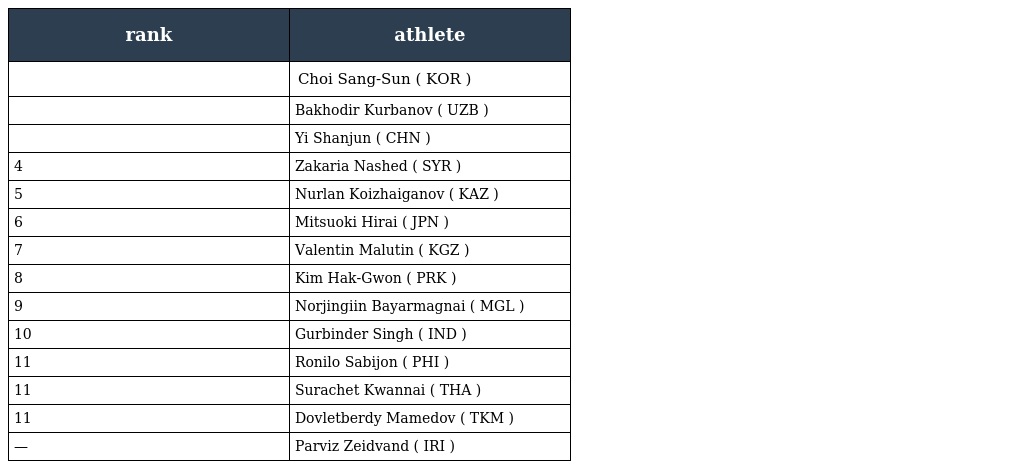
| rank | athlete |
 | --- | --- |
 |  | Choi Sang-Sun ( KOR ) |
 |  | Bakhodir Kurbanov ( UZB ) |
 |  | Yi Shanjun ( CHN ) |
 | 4 | Zakaria Nashed ( SYR ) |
 | 5 | Nurlan Koizhaiganov ( KAZ ) |
 | 6 | Mitsuoki Hirai ( JPN ) |
 | 7 | Valentin Malutin ( KGZ ) |
 | 8 | Kim Hak-Gwon ( PRK ) |
 | 9 | Norjingiin Bayarmagnai ( MGL ) |
 | 10 | Gurbinder Singh ( IND ) |
 | 11 | Ronilo Sabijon ( PHI ) |
 | 11 | Surachet Kwannai ( THA ) |
 | 11 | Dovletberdy Mamedov ( TKM ) |
 | — | Parviz Zeidvand ( IRI ) |